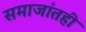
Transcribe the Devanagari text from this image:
समाजांतही